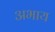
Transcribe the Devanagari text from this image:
अभाय